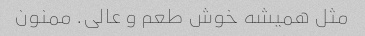
مثل همیشه خوش طعم و عالی. ممنون